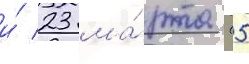
и́ 23 ма́рта (5